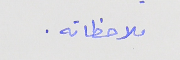
ملاحظاته.